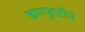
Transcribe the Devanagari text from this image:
ढगफुटीने